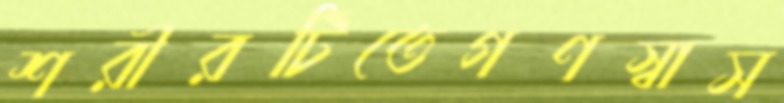
শরীরটিতেগণস্বাস